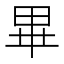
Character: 𭺾